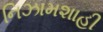
નિઝામશાહી